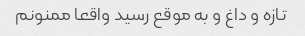
تازه و داغ و به موقع رسید واقعا ممنونم